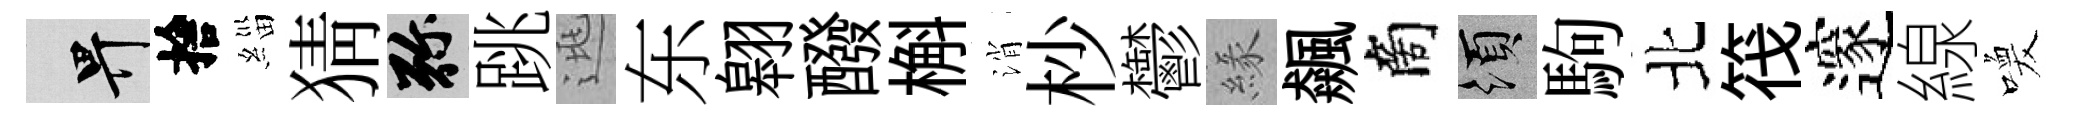
畀捨緇猜弥跳逃东翱醱槲消杪鬱緣飆商須駒北筏邃線喚